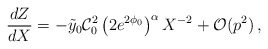
\begin{align*}\frac{dZ}{dX}=- \tilde y_0 \mathcal{C}_0^2 \left( 2e^{2\phi_0} \right)^{\alpha}X^{-2} +\mathcal{O}(p^2) \,,\end{align*}